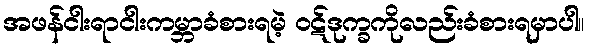
အဖန်ငါးရာငါးကမ္ဘာခံစားရမဲ့ ၀ဋ်ဒုက္ခကိုလည်းခံစားရမှာပါ။